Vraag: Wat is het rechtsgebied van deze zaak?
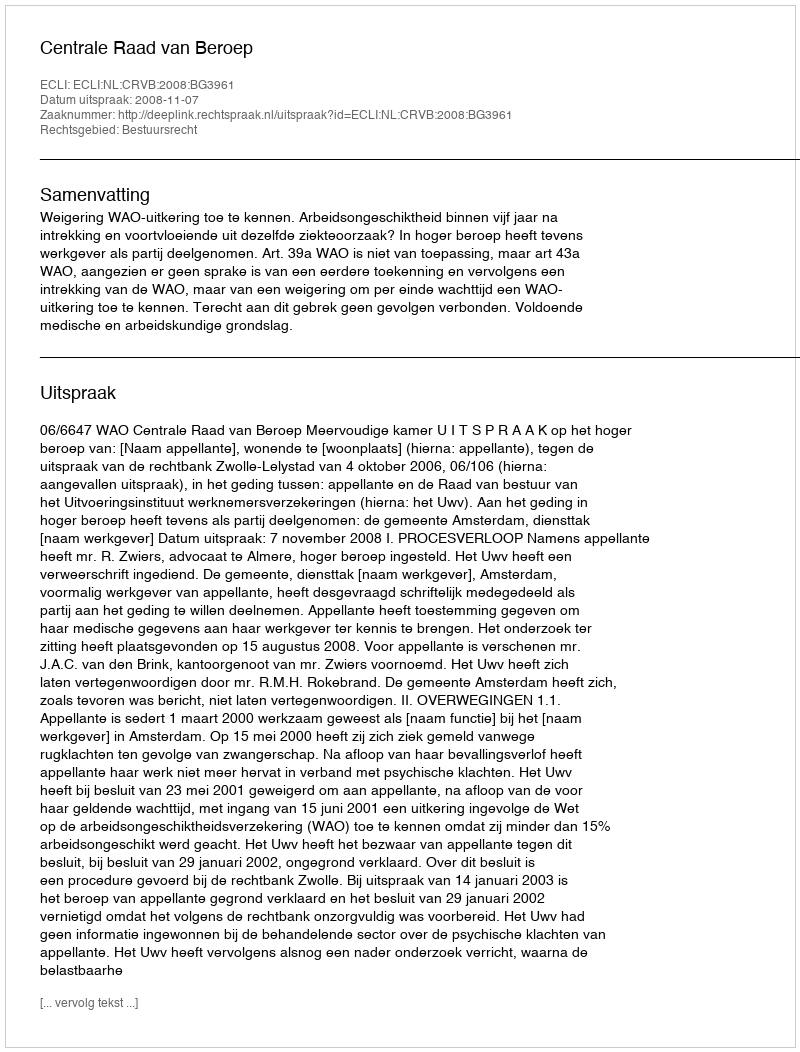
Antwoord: Bestuursrecht